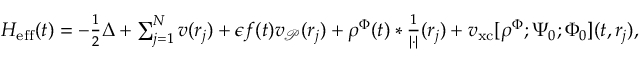
\begin{array} { r } { H _ { \mathrm { e f f } } ( t ) = - \frac 1 2 \Delta + \sum _ { j = 1 } ^ { N } v ( r _ { j } ) + \epsilon f ( t ) v _ { \mathcal { P } } ( r _ { j } ) + \rho ^ { { \Phi } } ( t ) \ast \frac { 1 } { | \cdot | } ( r _ { j } ) + v _ { \mathrm { x c } } [ \rho ^ { { \Phi } } ; \Psi _ { 0 } ; \Phi _ { 0 } ] ( t , r _ { j } ) , } \end{array}